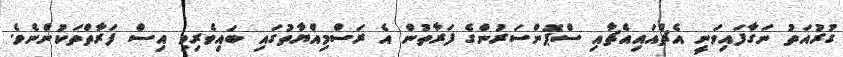
ގުރުއަތު ނަގާފައިވަނީ އެޗްއައިއެޗާއި ސްޕޮންސަރުންގެ ފަރާތުން އެ ރަސްމިއްޔާތުގައި ބައިވެރިވި އިސް ފަރާތްތަކުންނެވެ.